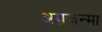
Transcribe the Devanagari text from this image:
अग्रजन्मा